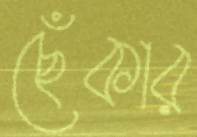
ছেঁকার